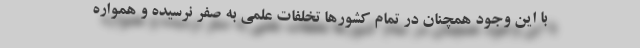
با این وجود همچنان در تمام کشورها تخلفات علمی به صفر نرسیده و همواره